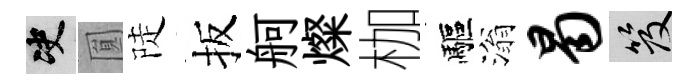
决圎陡扳舸燦枷驅滃曷笈